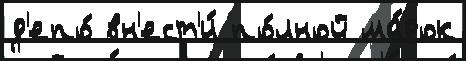
д'епо́ вн'ест'и́ по́лной ма́рок